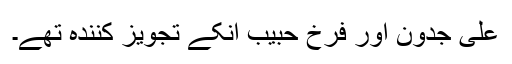
علی جدون اور فرخ حبیب انکے تجویز کنندہ تھے۔